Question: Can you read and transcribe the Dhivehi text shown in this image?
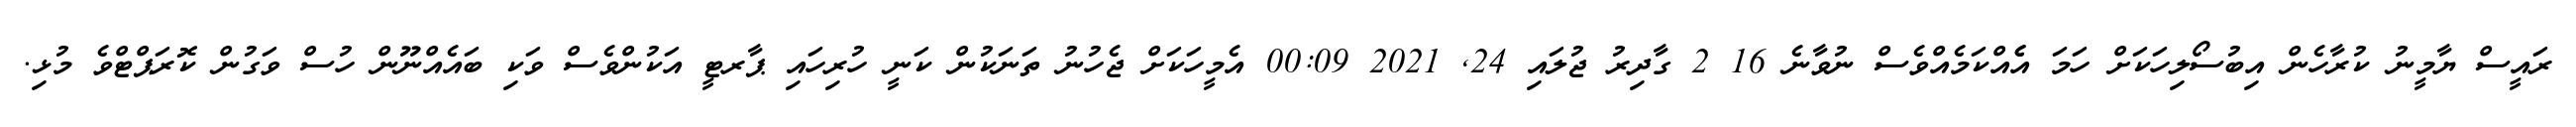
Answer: ރައީސް ޔާމީނު ކުރާހެން އިބުސޯލިހަކަށް ހަމަ އެެއްކަމެއްވެސް ނުވާނެ 16 2 ގާދިރު ޖުލައި 24, 2021 00:09 އެމީހަކަށް ޖެހުނު ތަނަކުން ކަނީ ހުރިހައި ޕާރޓީ އަކުންވެސް ވަކި ބައެއްނޫން ހުސް ވަގުން ކޮރަޕްޓްވެ މުޅި.